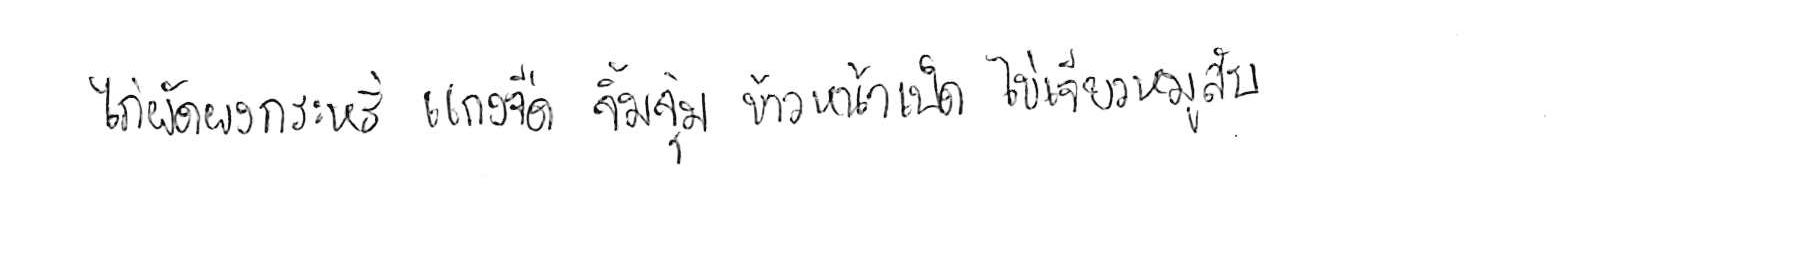
ไก่ผัดผงกะหรี่ แกงจืด จิ้มจุ่ม ข้าวหน้าเป็ด ไข่เจียวหมูสับ